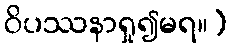
ဝိပဿနာရှု၍မရ။)